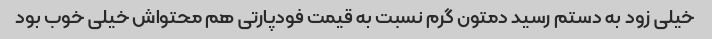
خیلی زود به دستم رسید دمتون گرم نسبت به قیمت فودپارتی هم محتواش خیلی خوب بود